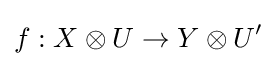
f:X\otimes U\to Y\otimes U'